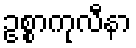
ဥစ္စာကုလီနာ